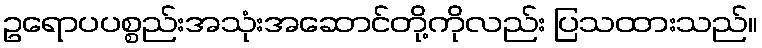
ဥရောပပစ္စည်းအသုံးအဆောင်တို့ကိုလည်း ပြသထားသည်။